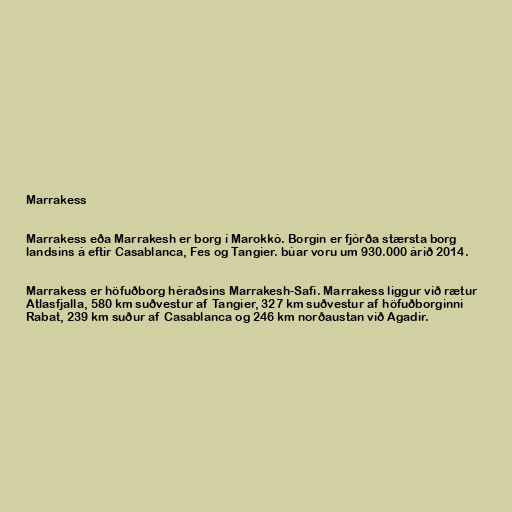
Marrakess

Marrakess eða Marrakesh er borg í Marokkó. Borgin er fjórða stærsta borg
landsins á eftir Casablanca, Fes og Tangier. búar voru um 930.000 árið 2014.

Marrakess er höfuðborg héraðsins Marrakesh-Safi. Marrakess liggur við rætur
Atlasfjalla, 580 km suðvestur af Tangier, 327 km suðvestur af höfuðborginni
Rabat, 239 km suður af Casablanca og 246 km norðaustan við Agadir.